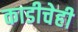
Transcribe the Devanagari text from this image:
काडीचेही